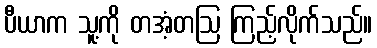
ပီယာက သူ့ကို တအံ့တဩ ကြည့်လိုက်သည်။